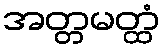
အတ္တမတ္ထံ